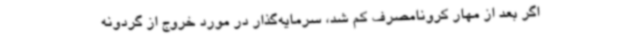
اگر بعد از مهار کرونامصرف کم شد، سرمایه‌گذار در مورد خروج از گردونه